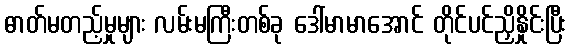
ဓာတ်မတည့်မှုများ လမ်းမကြီးတစ်ခု ဒေါ်မာမာအောင် တိုင်ပင်ညှိနှိုင်းပြီး